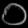
Digit: ၀